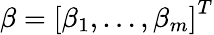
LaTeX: {\mathbf\beta}=\left[\beta_{1},\dots,\beta_{m}\right]^{T}